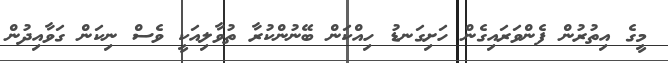
މީގެ އިތުރުން ފެންވަރައިގެން ހަށިގަނޑު ހިއްކަން ބޭނުންކުރާ ތުވާލިއަކީ ވެސް ނިކަން ގަވާއިދުން